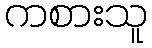
ကစားသူ